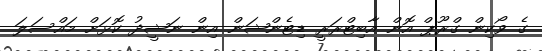
ގެ ވޯކިން ގްރޫޕް އޮން އާބިޓްރަރީ ޑިޓެންޝަން އިން ނަޝީދު ކޮޅަށް މައްސަލަ